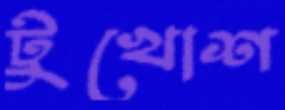
টুখোশ